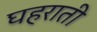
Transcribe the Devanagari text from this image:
घहराती